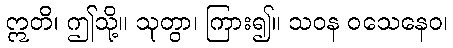
ဣတိ၊ ဤသို့။ သုတွာ၊ ကြား၍။ သဝန ဝသေနေဝ၊